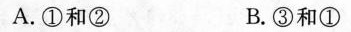
A.①和② B.③和①